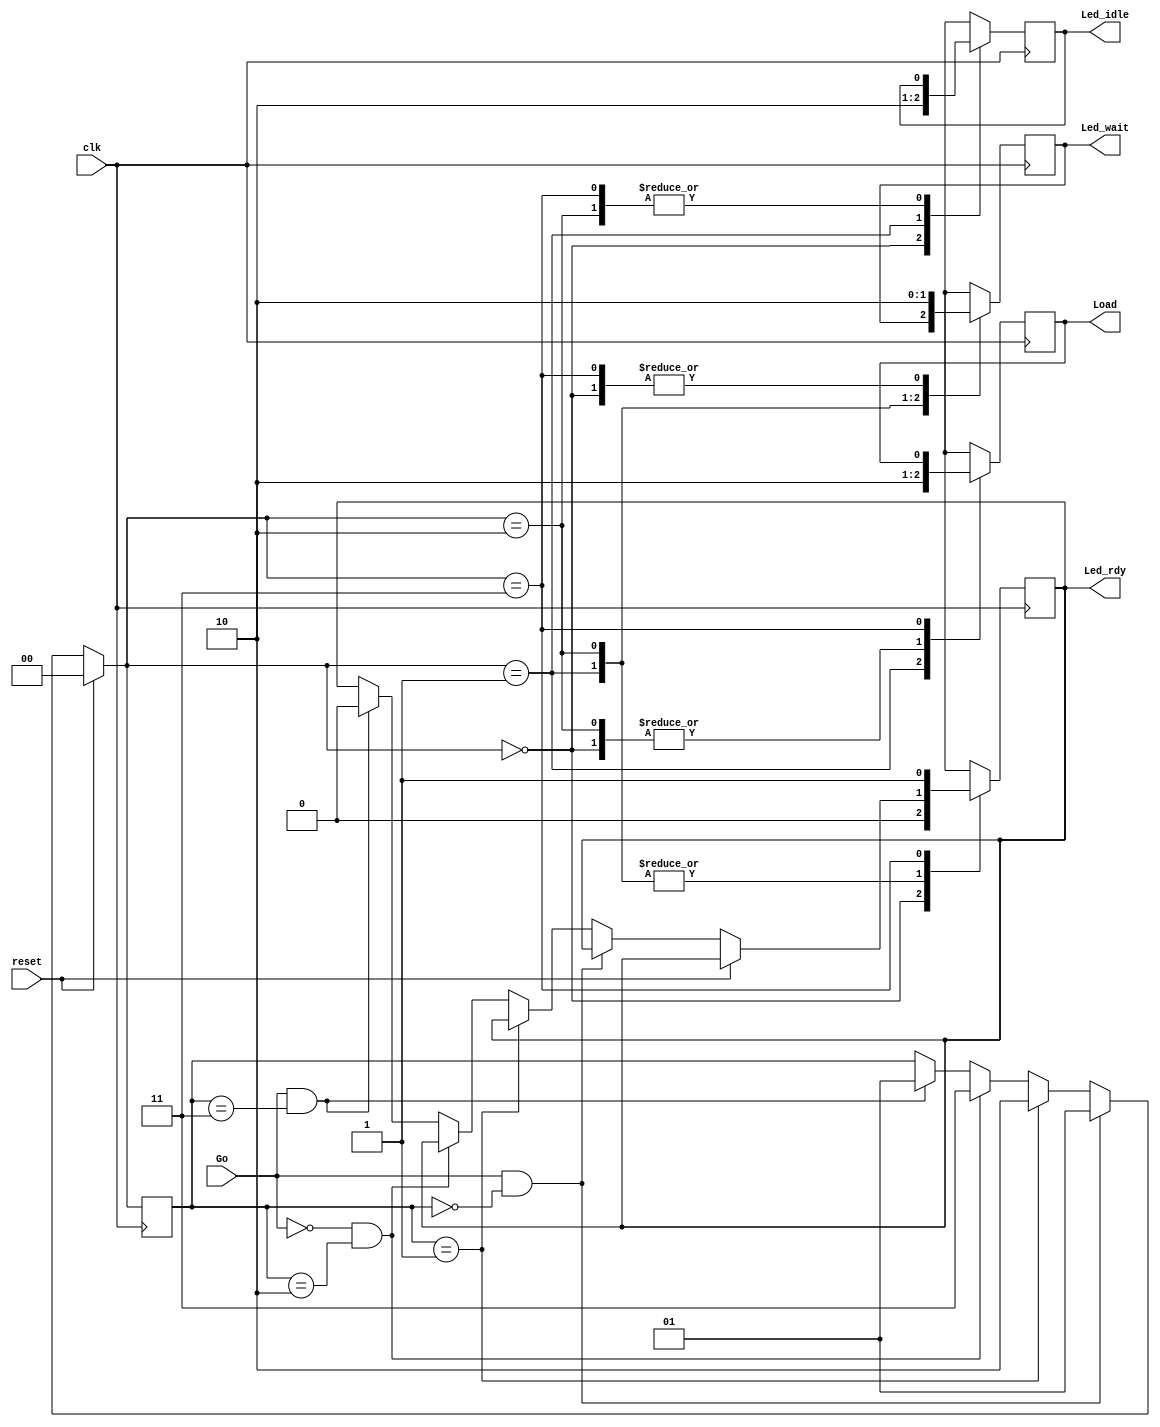
module Toggle_Button (output reg Load, Led_idle, Led_wait, Led_rdy, input Go, clk, reset);
	reg [1:0] state = 0;
	
	always @(posedge clk) begin
	
		if(reset) state = 0;
		else begin
			if(Go && state == 0) state = 2'b1;
			else if(state == 1) state = 2'b10;
			else if(!Go && state == 2'b10) state = 2'b11; 
			else if (Go && state == 2'b11) begin
				state = 2'b1;
				Led_rdy = 0;
			end
		end

		case(state)
			2'b0:				begin
									Led_idle = 1;
									Led_wait = 0;
									Led_rdy = 0;
									Load = 0;
								end

			2'b1: 			begin
									Led_idle = 0;
									Load = 1;
								end

			2'b10:			begin
									Load = 0;
									Led_wait = 1;
								end

			2'b11:			begin
									Led_wait = 0;
									Led_rdy = 1;
								end
		endcase
	end
endmodule